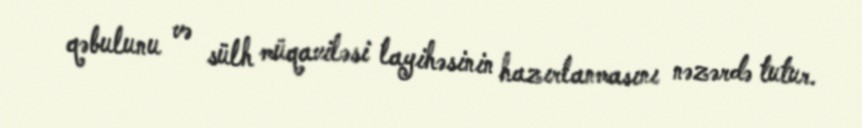
qəbulunu və sülh müqaviləsi layihəsinin hazırlanmasını nəzərdə tutur.